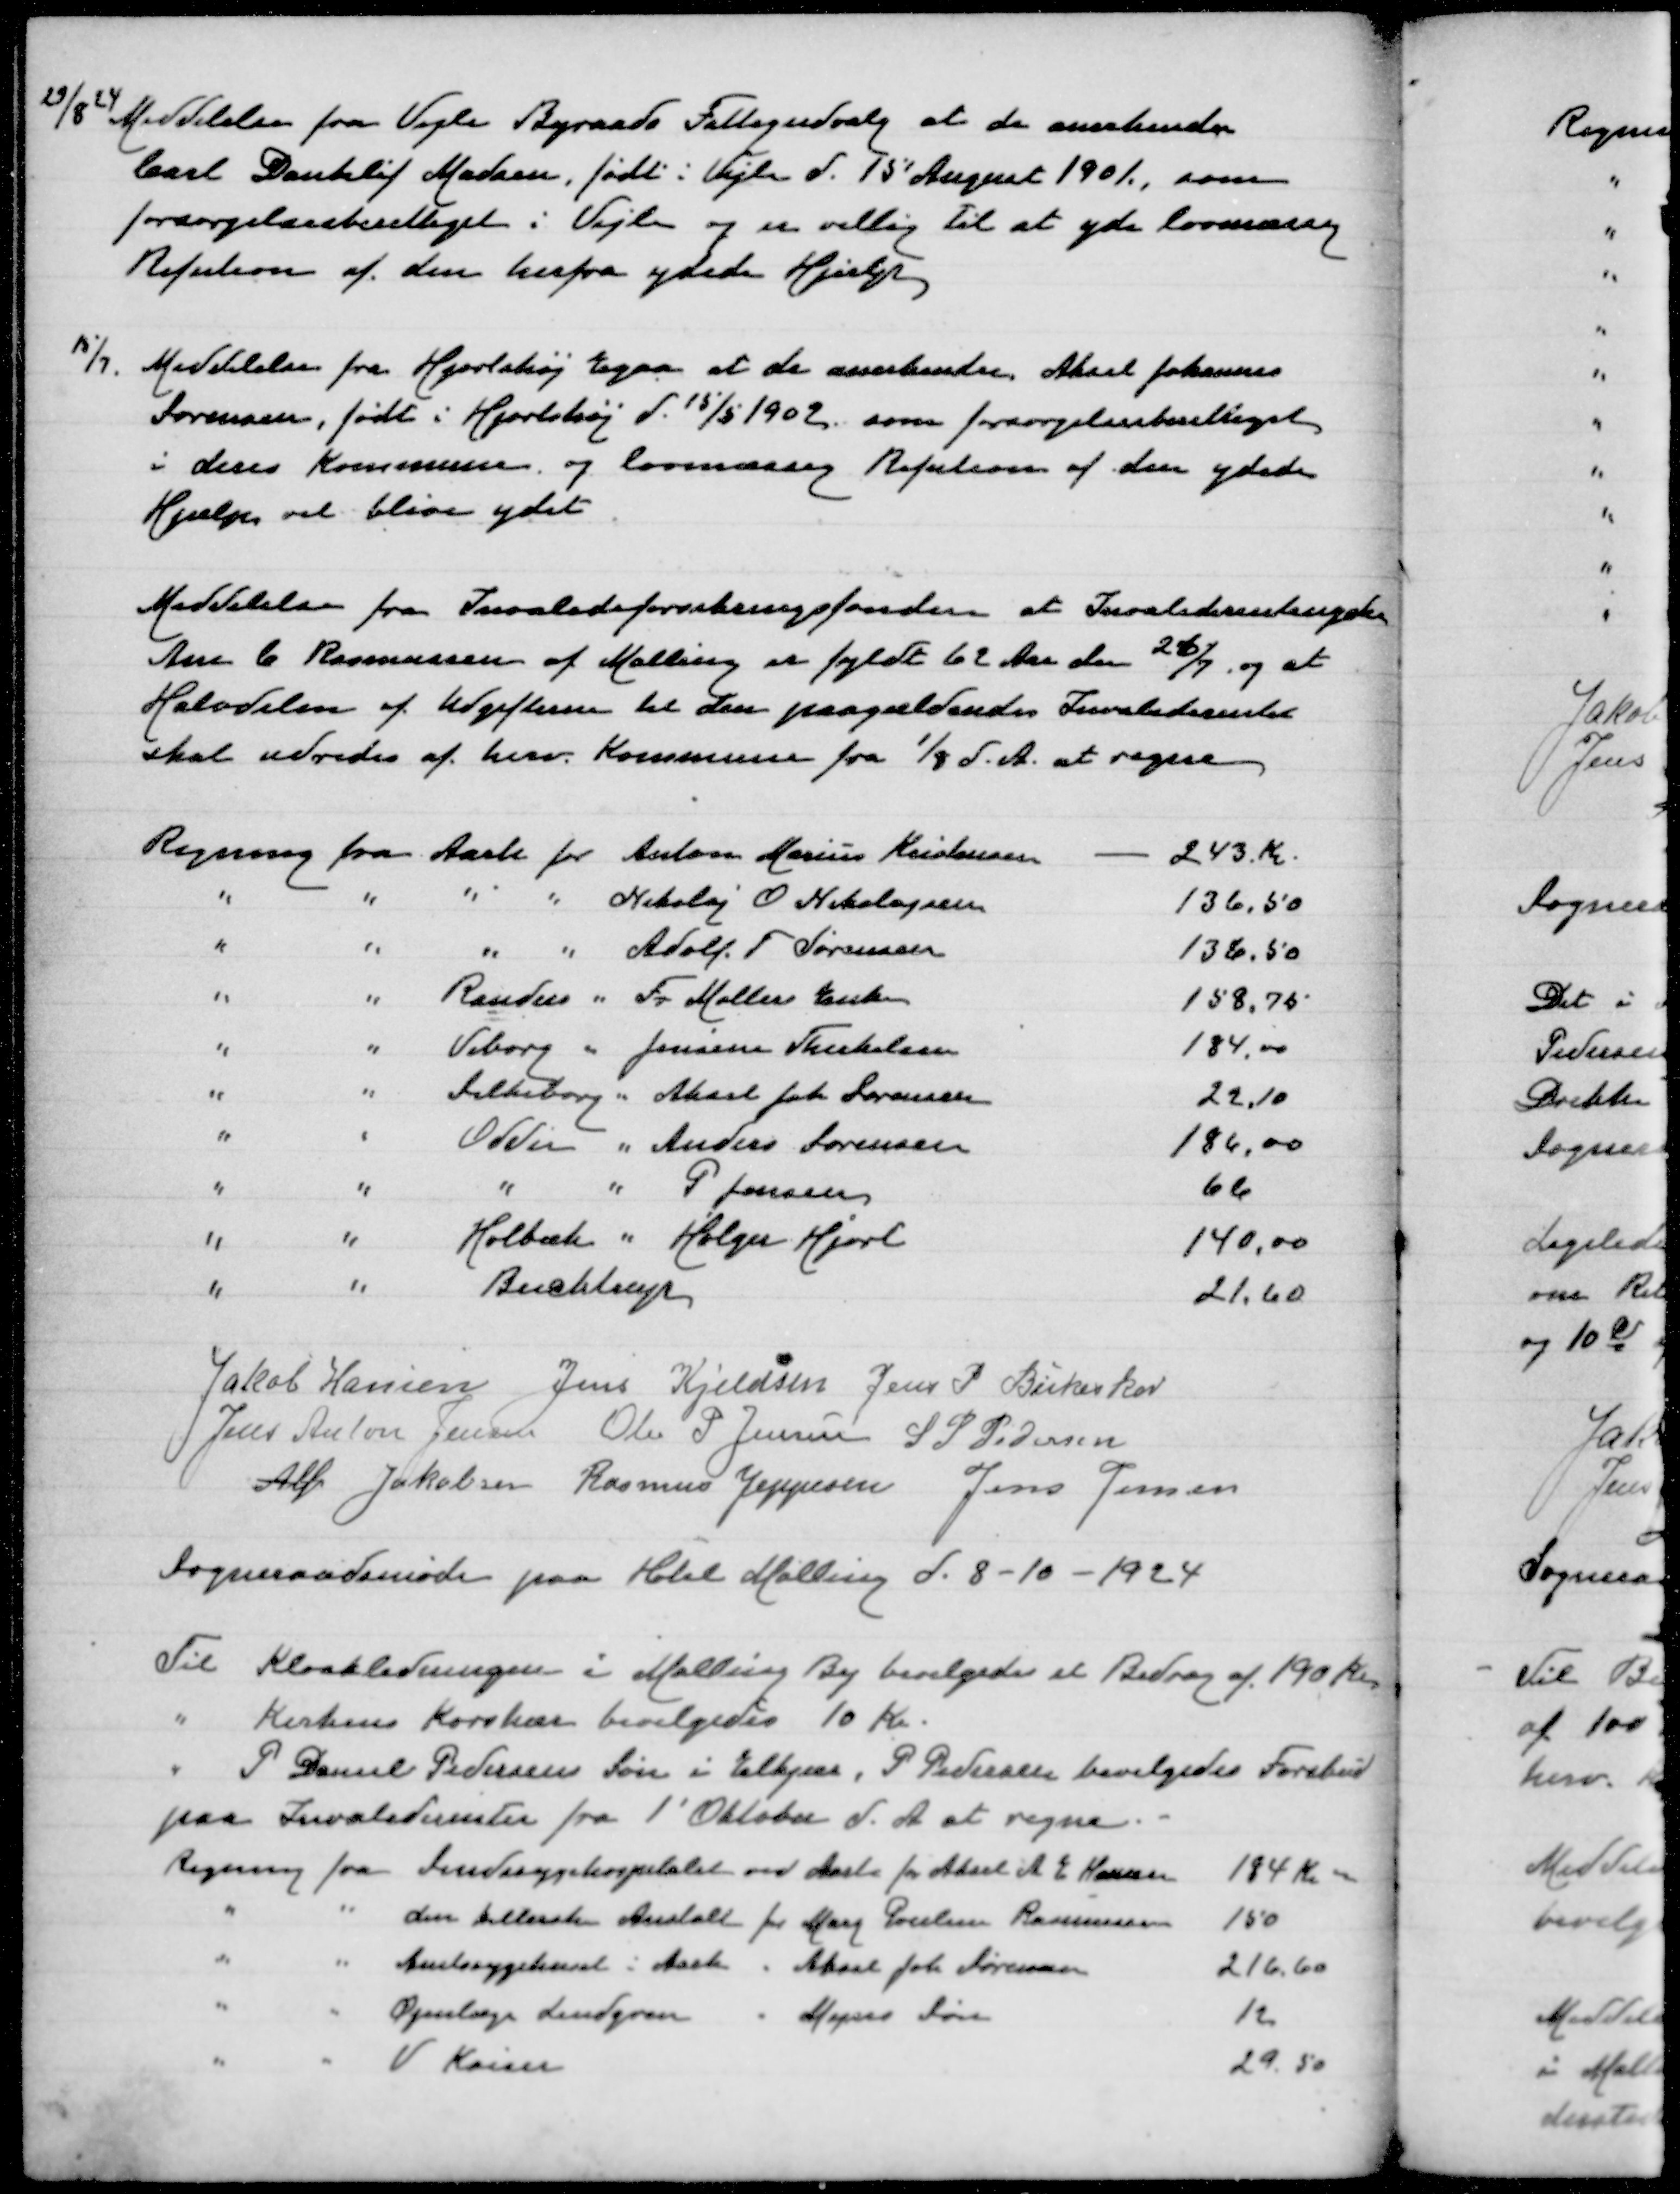
Transskription:
29/8 24 Meddelelse fra Vele Byraads Fattigudvalg at de anerkender
Carl Dankløf Madsen, født i Vejle d 15' August 1901, som
forsørgelsesberettiget i Vejle og er villig til at yde lovmæssig
Refusion af den herfra ydede Hjælp

15/7 Meddelelse fra Hjortshøj Egaa at de anerkender Aksel Johannes
Sørensen, født i Hjortshøj d 15/5 1902 som forsørgelsesberettiget
ideres Kommune og lovmæssig Refusion af den ydede
Hjælp vil blive ydet

Meddelelse fra Invalideforsikringsfonden at Invaliderentexxxxxx
Ane C Rasmussen af Malling er fyldt 62 Aar den 26/7 og at
Halvdelen af Udgifterne til den paagældendes Invaliderente
skal udredes af herv Kommune fra 1/8 d A at regne

Regning fra Aarh for Anton Marius Kristensen
243 Kr
" " " " Nikolaj O Nikolajsen
136,50
" " " " Adolf F Sørensen
136,50
" " Randers " Fr Møllers Enke
158,75
" " Viborg " Jensine Therkelsen
184,00
" " Silkeborg " Aksel Joh Sørensen
22,10
" " Odder " Anders Sørensen
186,00
" " " " P Jonasen
66
" " Holbær " Holger Hjort
140,00
" " Bucktrup
21,60

Jakob Hansen
Jens Kjeldsen
Jens P Birkeskov
Jens Anton Jensen
Ole P Jensen
S P Pedersen
Alfr Jakobsen
Rasmus Jeppesen
Jens Jensen
Sogneraadsmøde paa Hotel Mallingd 8-10-1924

Til Kloakledningen i Malling By bevilgedes et Bidrag af 190 Kr
" Kirkens Korshær bevilgedes 10 Kr
" P Daniel Pedersens Søn i Elkjær bevilgedes Forskud
paa Invaliderenter fra 1' Oktober d A at regne
Regning fra Sindssygehospitalet ved Aarh for Aksel A E Hansen
184 Kr
" " den kellerske Anstalt for Mary Poulsen Rasmussen
150
" " Amtssygehuset i Aarh " Aksel Joh Sørensen
216,60
" " Øjenlæge Lundgren " Mejses Søn
12
" " v Kaiser
29,50